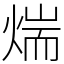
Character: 煓